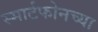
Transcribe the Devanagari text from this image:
स्मार्टफोनच्या